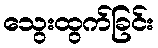
သွေးထွက်ခြင်း